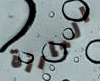
البارزة